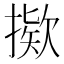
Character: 𫽸